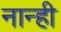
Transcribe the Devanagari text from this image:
नान्ही